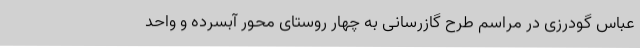
عباس گودرزی در مراسم طرح گازرسانی به چهار روستای محور آبسرده و واحد